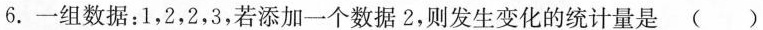
6.一组数据：1，2，2，3，若添加一个数据2，则发生变化的统计量是 （ ）